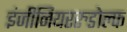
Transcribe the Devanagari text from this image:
इंजीनियररुडोल्फ